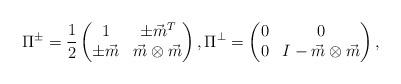
LaTeX: \begin{align*} \Pi^\pm = \frac{1}{2} \begin{pmatrix} 1 & \pm\vec m^T \\ \pm\vec m & \vec m\otimes\vec m \end{pmatrix}, \Pi^\perp = \begin{pmatrix} 0 & 0\\ 0 & I-\vec m\otimes\vec m \end{pmatrix},\end{align*}